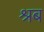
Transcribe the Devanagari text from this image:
श्रब